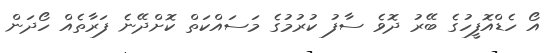
އޯ ހެޑްއޮފީހުގެ ބޭރު ދޮވެ ސާފު ކުރުމުގެ މަސައްކަތް ކޮށްދޭނެ ފަރާތެއް ހޯދަން